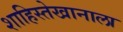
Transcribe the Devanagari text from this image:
शाहिस्तेखानाला